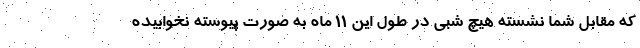
که مقابل شما نشسته هیچ شبی در طول این 11 ماه به صورت پیوسته نخوابیده